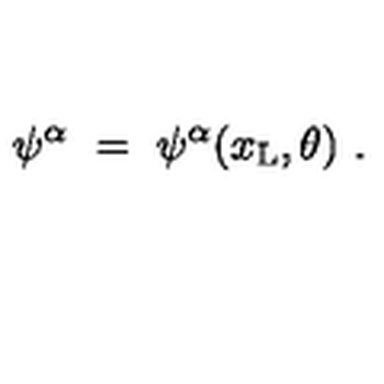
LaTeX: \psi ^ { \alpha } \ = \ \psi ^ { \alpha } ( x _ { \mathrm { L } } , \theta ) \ .